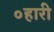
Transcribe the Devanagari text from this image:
०हारी